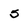
Character: 5